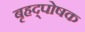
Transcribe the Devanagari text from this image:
बृहद्पोषक